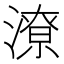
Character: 潦